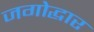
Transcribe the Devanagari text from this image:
जगोद्धार